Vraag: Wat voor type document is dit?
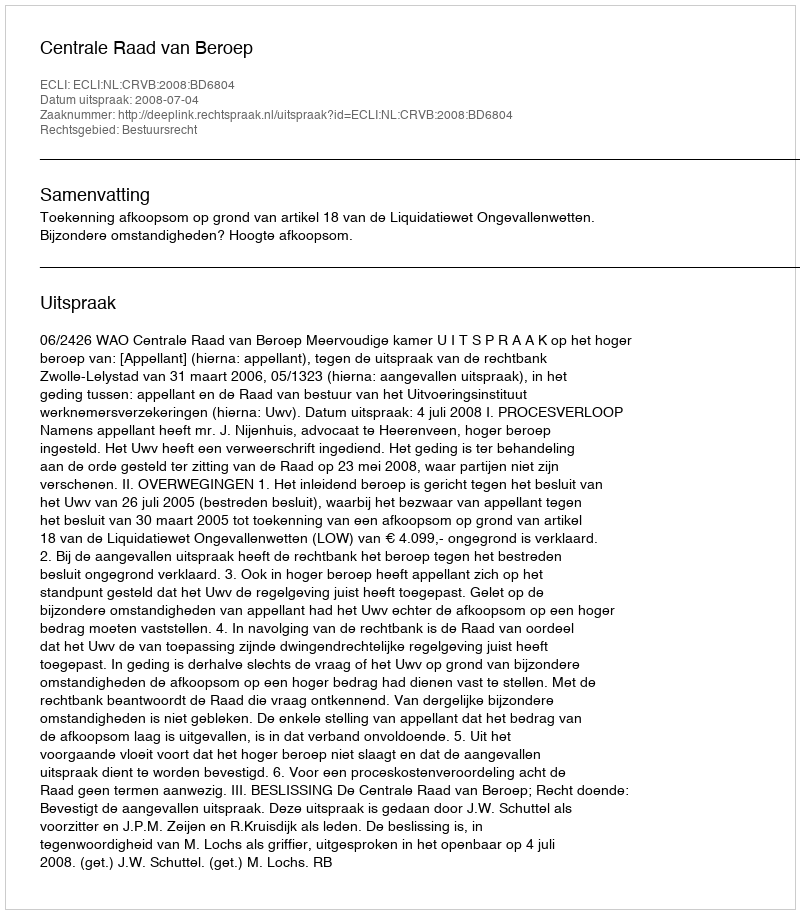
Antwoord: Uitspraak